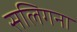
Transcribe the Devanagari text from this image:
सलिगना